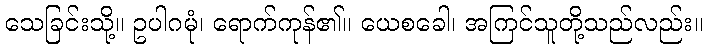
သေခြင်းသို့။ ဥပါဂမုံ၊ ရောက်ကုန်၏။ ယေစခေါ၊ အကြင်သူတို့သည်လည်း။